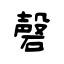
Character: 磬